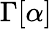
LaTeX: \Gamma[\alpha]